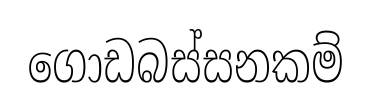
ගොඩබස්සනකම්